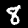
Label: 8